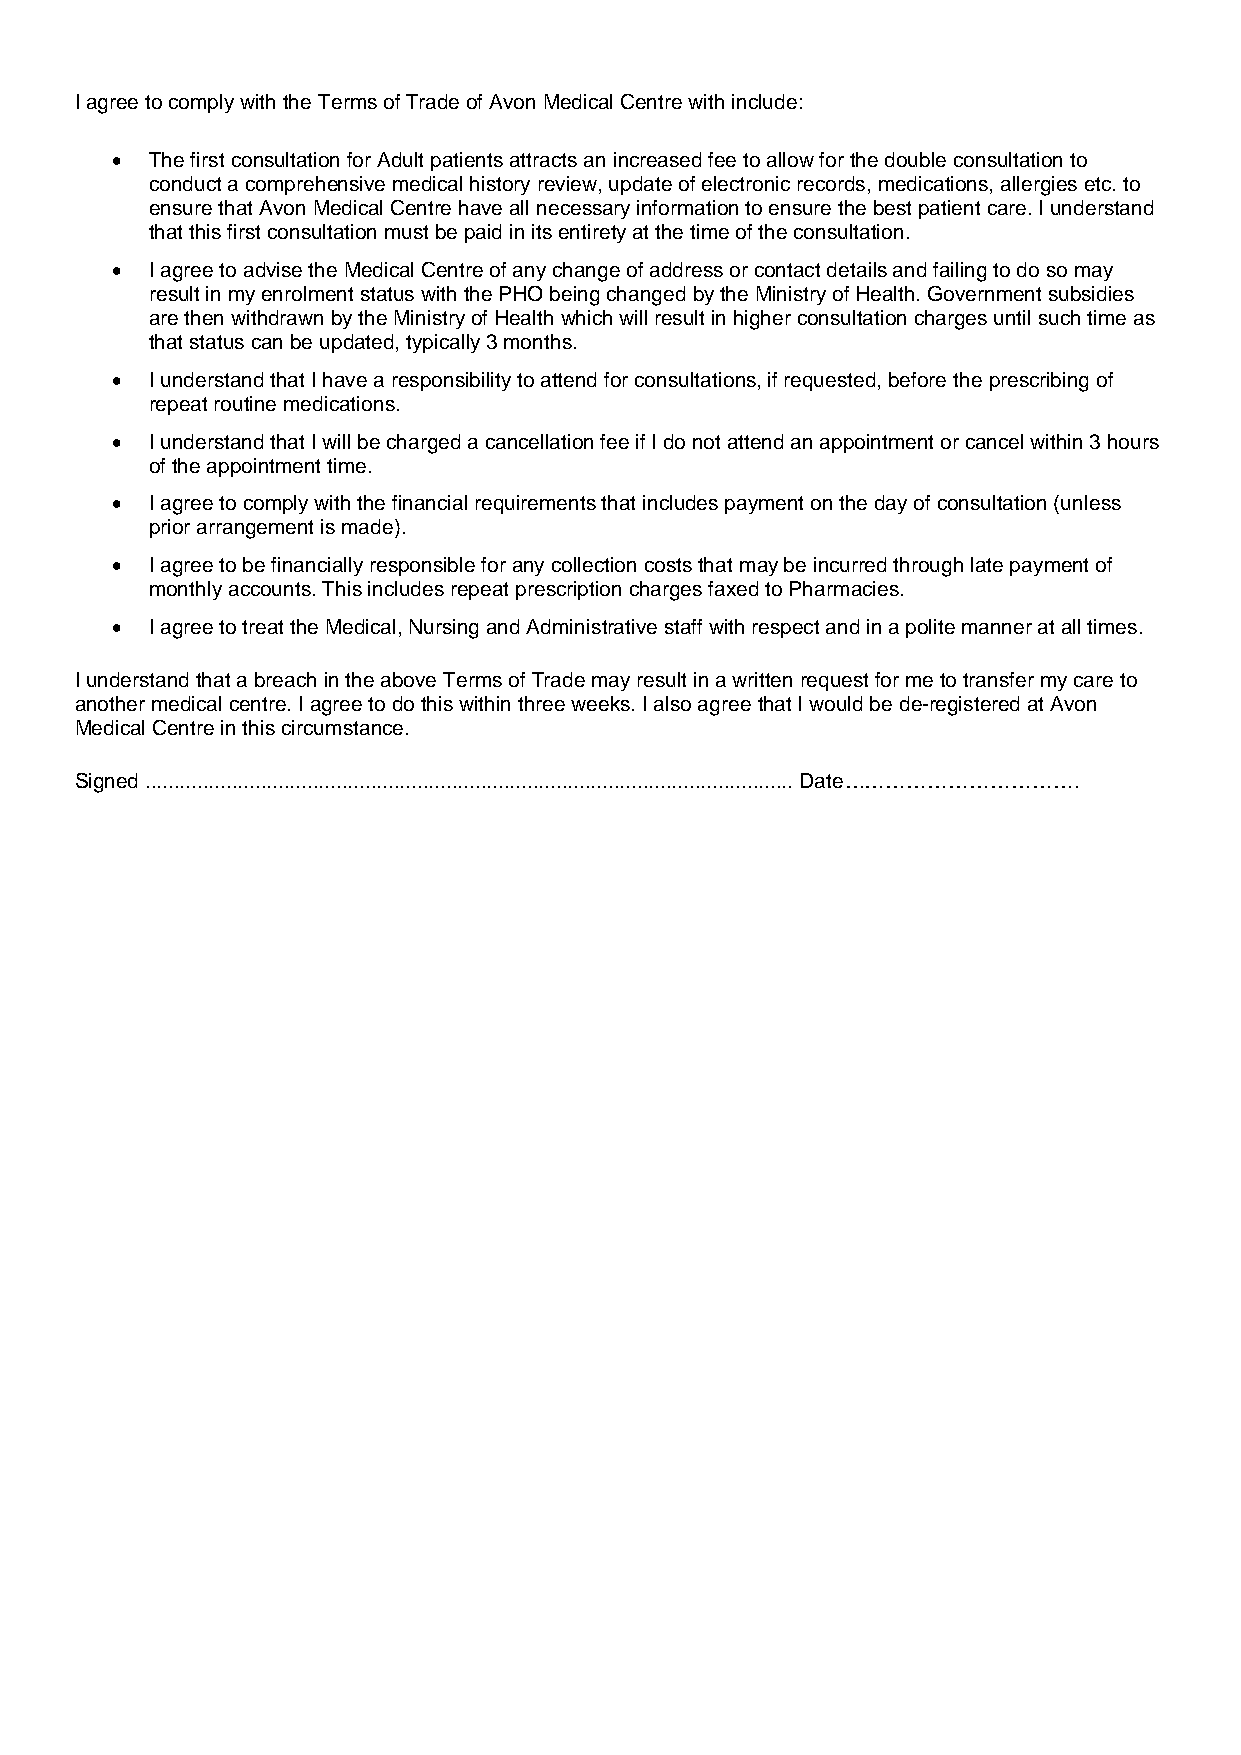
I agree to comply with the Terms of Trade of Avon Medical Centre with include:
 •  The first consultation for Adult patients attracts an increased fee to allow for the double consultation to
 conduct a comprehensive medical history review, update of electronic records, medications, allergies etc. to
 ensure that Avon Medical Centre have all necessary information to ensure the best patient care. I understand
 that this first consultation must be paid in its entirety at the time of the consultation.
 •  I agree to advise the Medical Centre of any change of address or contact details and failing to do so may
 result in my enrolment status with the PHO being changed by the Ministry of Health. Government subsidies
 are then withdrawn by the Ministry of Health which will result in higher consultation charges until such time as
 that status can be updated, typically 3 months.
 •  I understand that I have a responsibility to attend for consultations, if requested, before the prescribing of
 repeat routine medications.
 •  I understand that I will be charged a cancellation fee if I do not attend an appointment or cancel within 3 hours
 of the appointment time.
 •  I agree to comply with the financial requirements that includes payment on the day of consultation (unless
 prior arrangement is made).
 •  I agree to be financially responsible for any collection costs that may be incurred through late payment of
 monthly accounts. This includes repeat prescription charges faxed to Pharmacies.
 •  I agree to treat the Medical, Nursing and Administrative staff with respect and in a polite manner at all times.
 I understand that a breach in the above Terms of Trade may result in a written request for me to transfer my care to
 another medical centre. I agree to do this within three weeks. I also agree that I would be de-registered at Avon
 Medical Centre in this circumstance.
 Signed ................................................................................................................ Date…………………………….